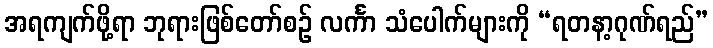
အရကျက်ဖို့ရာ ဘုရားဖြစ်တော်စဉ် လင်္ကာ သံပေါက်များကို “ရတနာ့ဂုဏ်ရည်”